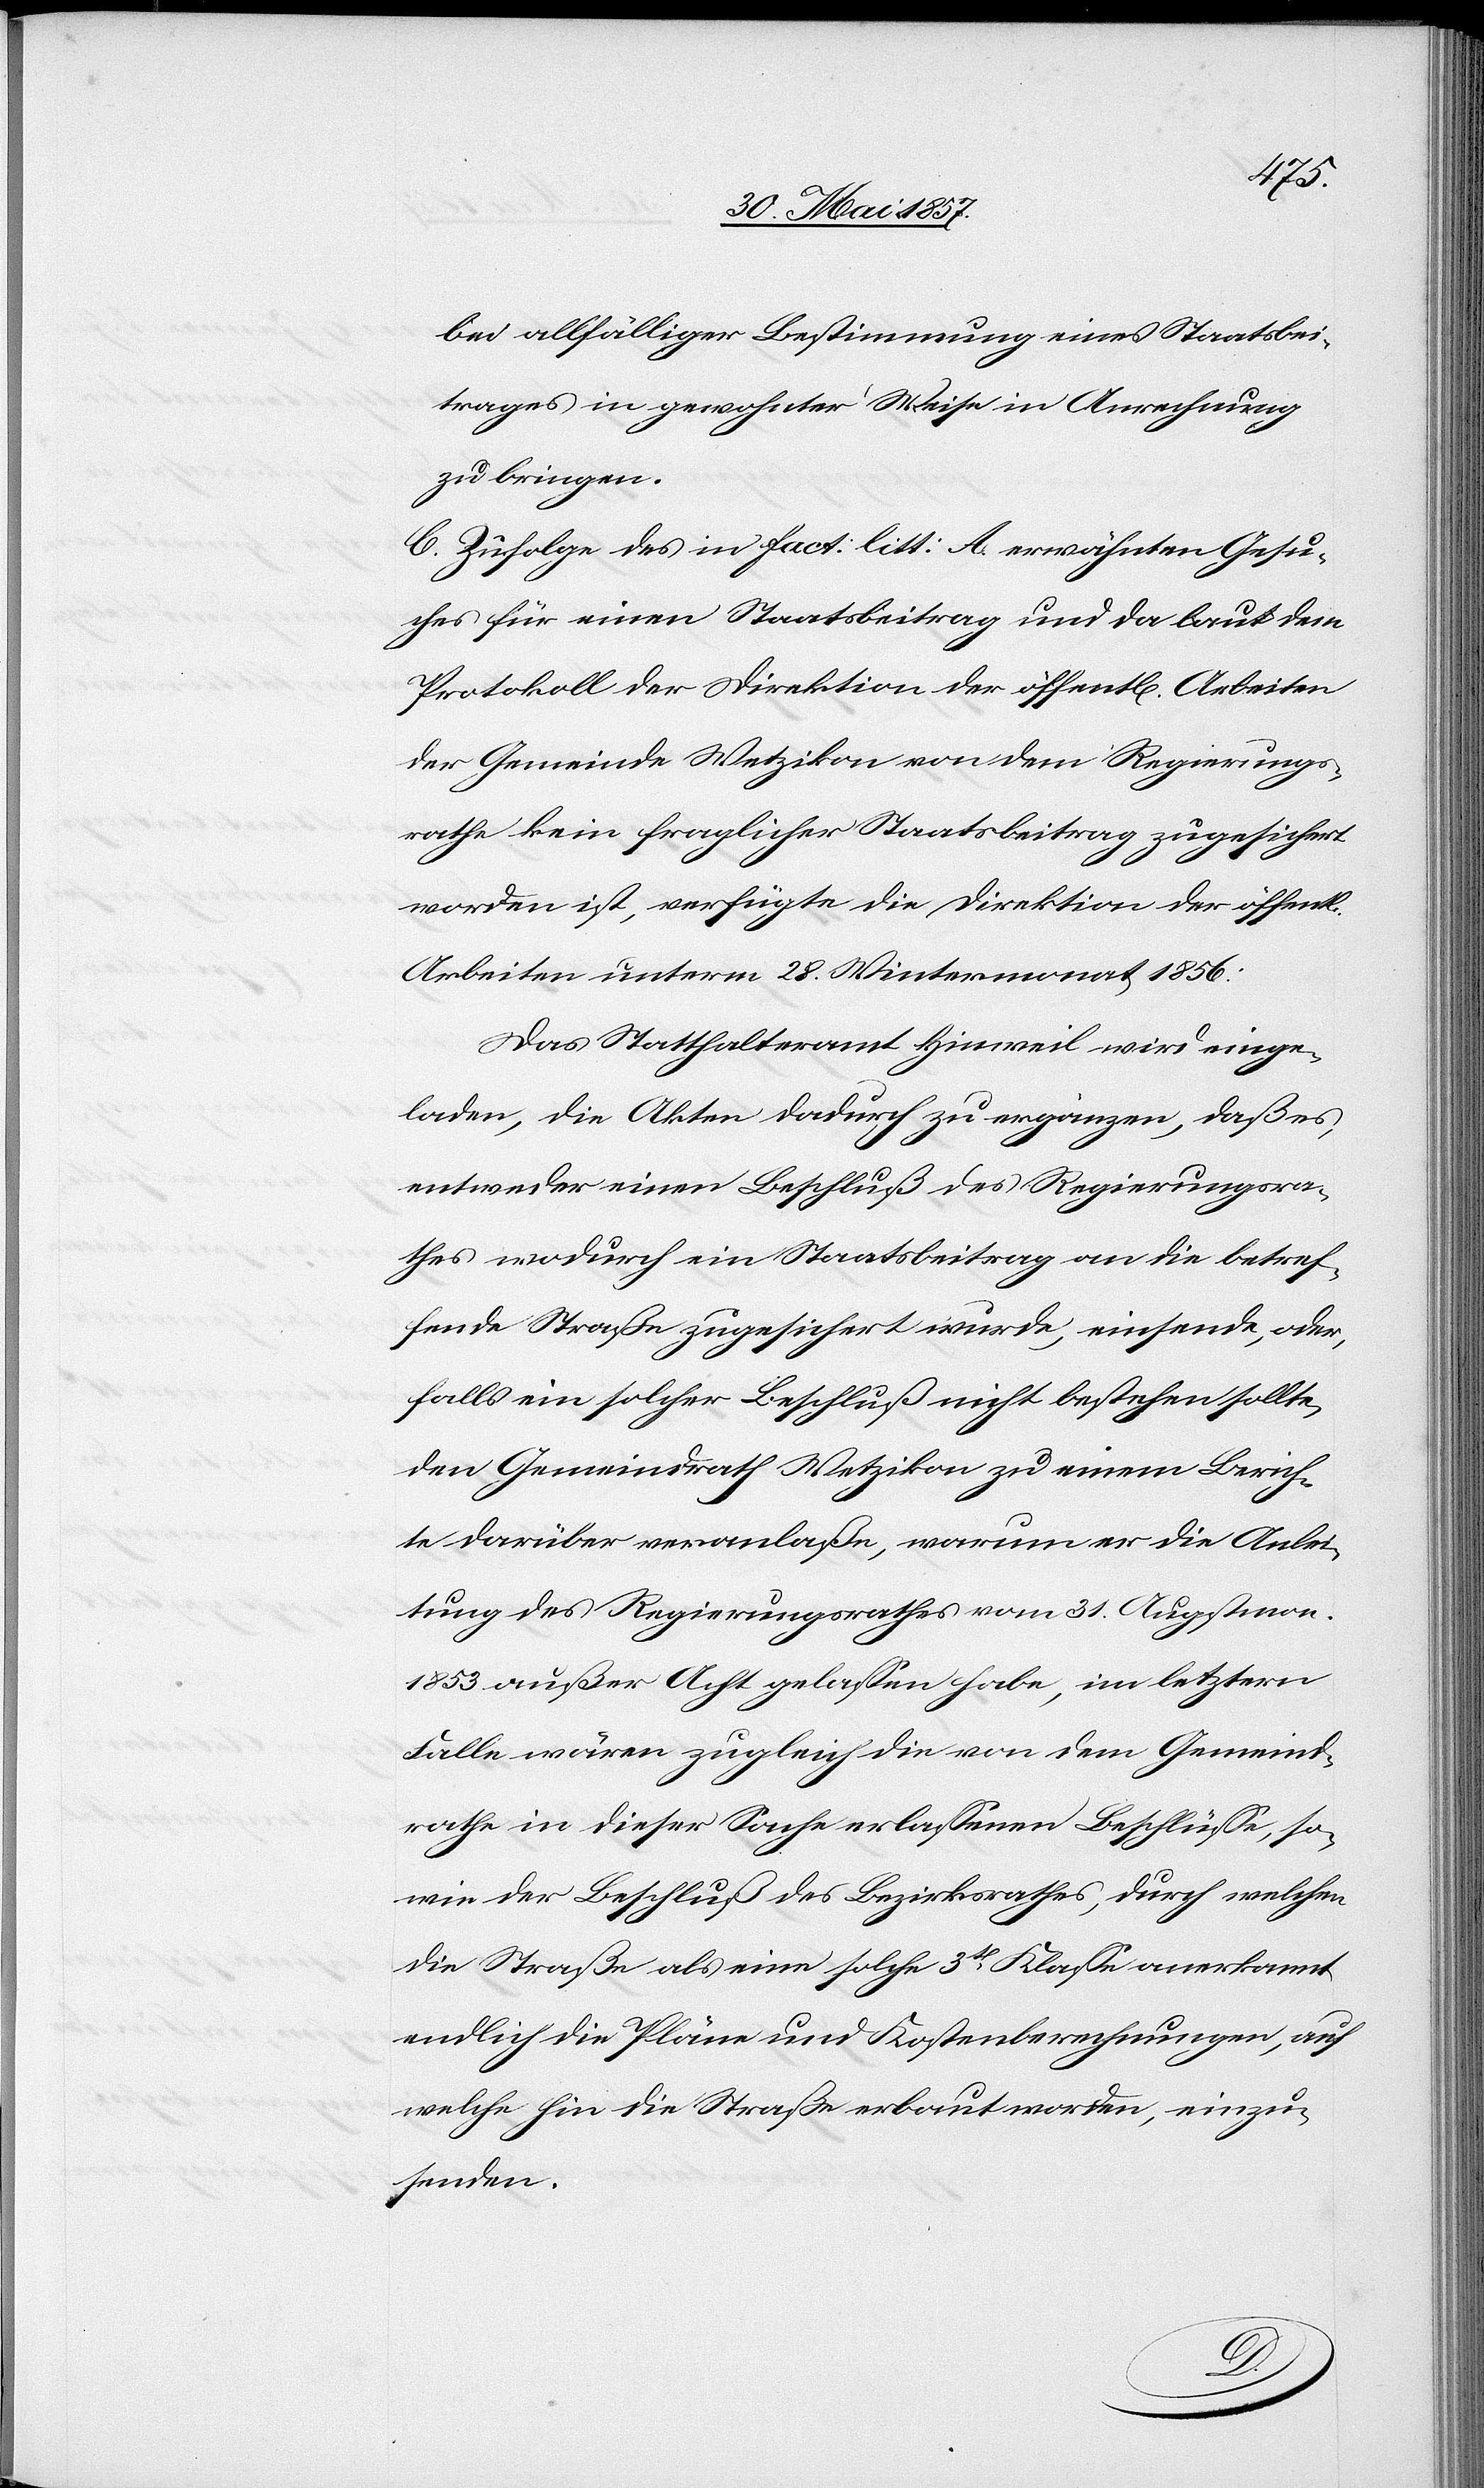
bei allfälliger Bestimmung eines Staatsbei¬
trages in gewohnter Weise in Anrechnung
zu bringen.
C. Zufolge des in fact. litt: A erwähnten Gesu¬
ches für einen Staatsbeitrag und da laut dem
Protokoll der Direktion der öffentl. Arbeiten
der Gemeinde Wetzikon von dem Regierungs¬
rathe kein fraglicher Staatsbeitrag zugesichert
worden ist, verfügte die Direktion der öffent¬
Arbeiten unterm 28 Wintermonat 1856:
Das Statthalteramt Hinweil wird einge¬
laden, die Akten dadurch zu ergänzen, daß es,
entweder einen Beschluß des Regierungsra¬
thes wodurch ein Staatsbeitrag an die betref¬
fende Straße zugesichert wurde, einsende, oder,
falls ein solcher Beschluß nicht bestehen sollte,
den Gemeindrath Wetzikon zu einem Berich¬
te darüber veranlaßte, warum er die Anlei¬
tung des Regierungsrathes vom 31 Augstmon.
1853 außer Acht gelassen habe, im letztern
Falle wären zugleich die von dem Gemeind¬
rathe in dieser Sache erlassenen Beschlüsse, so¬
wie der Beschluß des Bezirksrathes, durch welchen
die Straße als eine solche 3tr Klasse anerkannt,
endlich die Pläne und Kostenberechnungen, auf
welche hin die Straße erbaut worden, einzu¬
senden.
l.